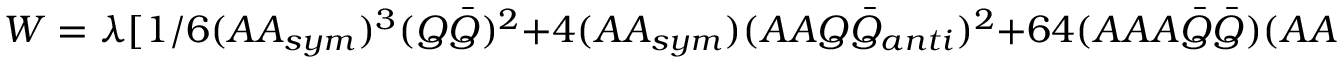
W = \lambda [ 1 / 6 ( A A _ { s y m } ) ^ { 3 } ( Q { \bar { Q } } ) ^ { 2 } + 4 ( A A _ { s y m } ) ( A A Q { \bar { Q } } _ { a n t i } ) ^ { 2 } + 6 4 ( A A A { \bar { Q } } { \bar { Q } } ) ( A A A Q Q ) - \Lambda ^ { 8 } ( Q { \bar { Q } } ) ] ,